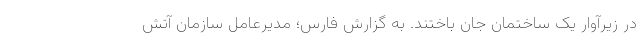
در زیرآوار یک ساختمان جان باختند. به گزارش فارس؛ مدیرعامل سازمان آتش